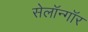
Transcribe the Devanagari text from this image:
सेलॉन्गॉर